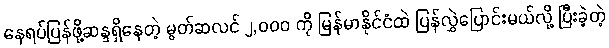
နေရပ်ပြန်ဖို့ဆန္ဒရှိနေတဲ့ မွတ်ဆလင် ၂,၀၀၀ ကို မြန်မာနိုင်ငံထဲ ပြန်လွှဲပြောင်းမယ်လို့ ပြီးခဲ့တဲ့